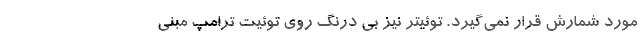
مورد شمارش قرار نمی‌گیرد. توئیتر نیز بی درنگ روی توئیت ترامپ مبنی